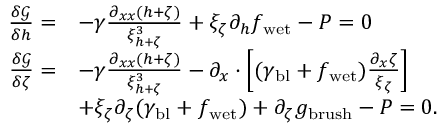
\begin{array} { r l } { \frac { \delta \mathcal { G } } { \delta h } = } & { - \gamma \frac { \partial _ { x x } ( h + \zeta ) } { \xi _ { h + \zeta } ^ { 3 } } + \xi _ { \zeta } \partial _ { h } f _ { \mathrm { w e t } } - P = 0 } \\ { \frac { \delta \mathcal { G } } { \delta \zeta } = } & { - \gamma \frac { \partial _ { x x } ( h + \zeta ) } { \xi _ { h + \zeta } ^ { 3 } } - \partial _ { x } \cdot \left[ ( \gamma _ { \mathrm { b l } } + f _ { \mathrm { w e t } } ) \frac { \partial _ { x } \zeta } { \xi _ { \zeta } } \right] } \\ & { + \xi _ { \zeta } \partial _ { \zeta } ( \gamma _ { \mathrm { b l } } + f _ { \mathrm { w e t } } ) + \partial _ { \zeta } g _ { \mathrm { b r u s h } } - P = 0 . } \end{array}